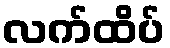
လက်ထိပ်